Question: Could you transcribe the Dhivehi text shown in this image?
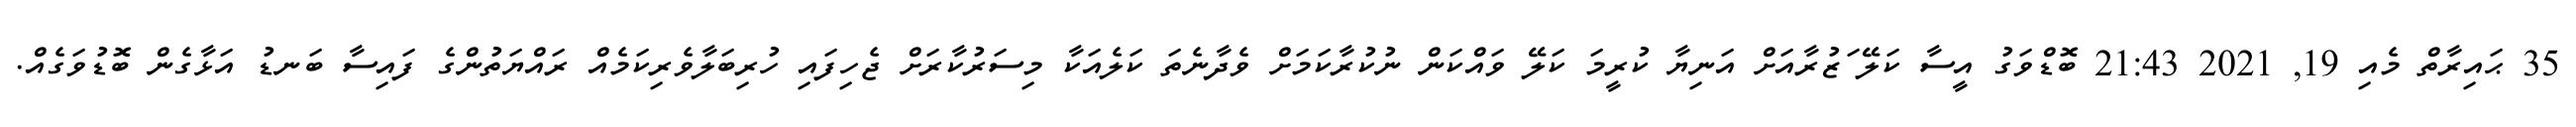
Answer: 35 ޙައިރާތް މެއި 19, 2021 21:43 ބޮޑްވަގު އީސާ ކަލޭ ަޒުރާއަށް އަނިޔާ ކުރީމަ ކަލޭ ވައްކަން ނުކުރާކަމަށް ވެދާނެތަ ކަލެއަކާ މިސަރުކާރަށް ޖެހިފައި ހުރިބަލާވެރިކަމެއް ރައްޔަތުންގެ ފައިސާ ބަނޑު އަޅާގެން ބޮޑުވަގެއް.